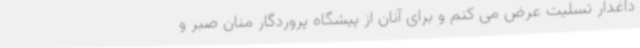
داغدار تسلیت عرض می کنم و برای آنان از پیشگاه پروردگار منان صبر و